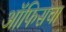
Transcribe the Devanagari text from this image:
ऑफिसचा